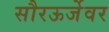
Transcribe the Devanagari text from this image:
सौरऊर्जेवर